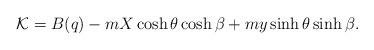
LaTeX: \begin{align*}{\cal K}=B(q)-mX\cosh\theta\cosh\beta+my\sinh\theta\sinh\beta.\end{align*}